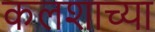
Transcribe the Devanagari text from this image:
कलशाच्या